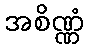
အစိဏ္ဏံ